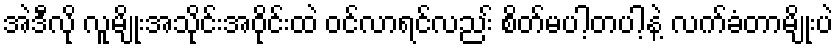
အဲဒီလို လူမျိုးအသိုင်းအဝိုင်းထဲ ဝင်လာရင်လညး် စိတ်မပါ့တပါ့နဲ့ လက်ခံတာမျိုးပဲ